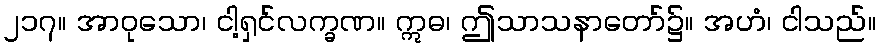
၂၁၇။ အာဝုသော၊ ငါ့ရှင်လက္ခဏ။ ဣဓ၊ ဤသာသနာတော်၌။ အဟံ၊ ငါသည်။